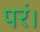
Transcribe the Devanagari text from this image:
परं।